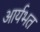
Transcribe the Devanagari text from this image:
आर्यभत